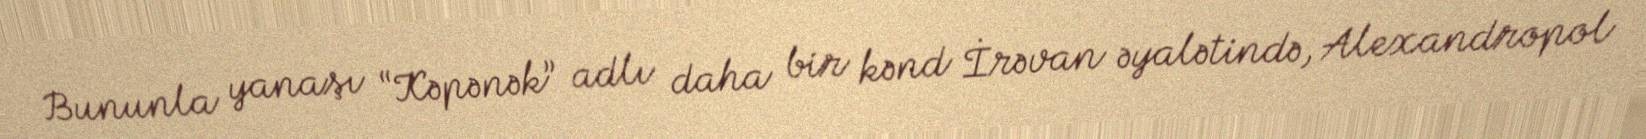
Bununla yanaşı “Kəpənək” adlı daha bir kənd İrəvan əyalətində, Alexandropol